Indian Medical Review
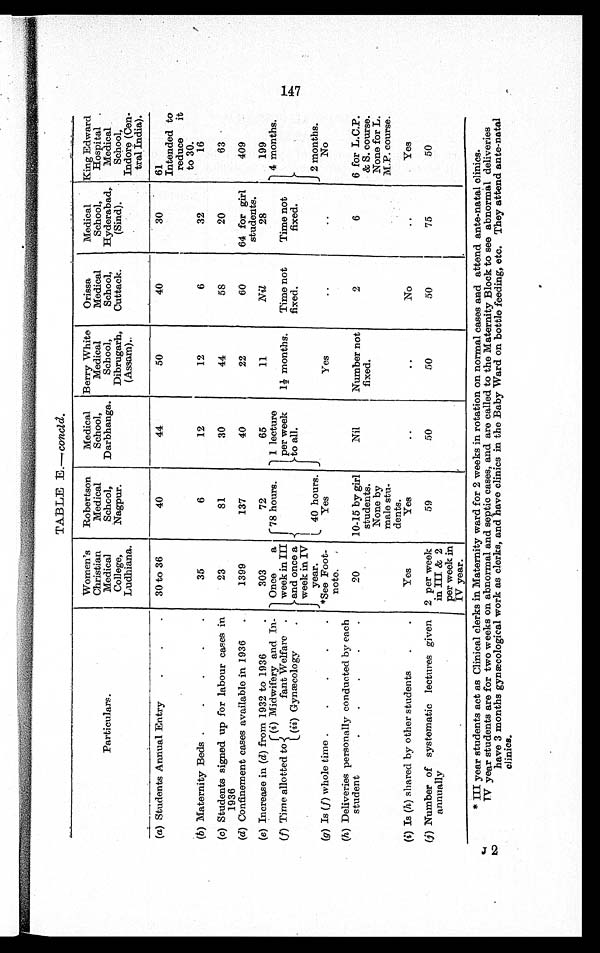
concld.
Particulars.
Women's
Christian
Medical
College,
Ludhiana.
Robertson
Medical
School,
Nagpur.
Medical
School,
Darbhanga.
Berry White
Medical
School,
Dibrugarh,
(Assam)..
Orissa
Medical
School,
Cuttack.
Medical
School,
Hyderabad,
(Sind).
. .
King Edward
Hospital
Medical
School,
Indore (Cen-
tral India).
(a) Students Annual Entry
.
.
.
30 to 36
40
44
50
40
30
61
Intended to
reduce it
to 30.
(b) Maternity Beds .
.
.
.
.
35
6
12
12
6
32
16
(c) Students signed up for labour cases in
1936
23
81
30
44
58
20
63
(d) Confinement cases available in 1936 .
1399
137
40
22
60
64 for girl
students.
409
(e) Increase in (d) from1932 to 1936
303
72
65
11
Nil
28
199
(f) Time allotted to
(i) Midwifery and In-
fant Welfare .
Once a
week in III
and once a
week in IV
year.
78 hours.
1 lecture
per week
to all.
1½ months. Time not
fixed.
Time not
fixed.
4 months.
2 months.
(ii) Gynæcology
.
40 hours.
(g) Is(f) whole time .
.
.
.
. *See Foot-
note.
Yes
Y e s
. .
. .
No
(h) Deliveries personally conducted by each
student
2 0 10-15 by girl
students.
None by
male stu-
dents.
Nil
Number not
fixed.
2
6
6 for L.C.P.
& S. course.
None for L.
M.P. course.
(i) Is (h) shared by other students .
.
Yes
Yes
..
..
No
..
Yes
(j) Number of systematic lectures given
annually
2 per week
in III & 2
per week in
IV year.
59
50
50
50
75
50
J2 * III year students act as Clinical clerks in Maternity ward for 2 weeks in rotation on normal cases and attend ante-natal clinics.
IV year students are for two weeks on abnormal and septic cases, and are called to the Maternity Block to see abnormal deliveries
have 3 months gynæcological work as clerks, and have clinics in the Baby Ward on bottle feeding, etc. They attend ante-natal
clinics.